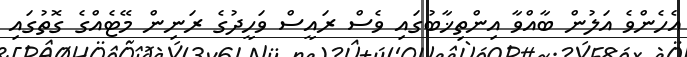
އެހެންވެ އަލުން ބާއްވާ އިންތިޚާބުގައި ވެސް ރައީސް ވަހީދުގެ ރަނިން މޭޓެއްގެ ގޮތުގައި